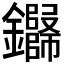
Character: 𬬢